Report of the King Institute of Preventive Medicine, Guindy
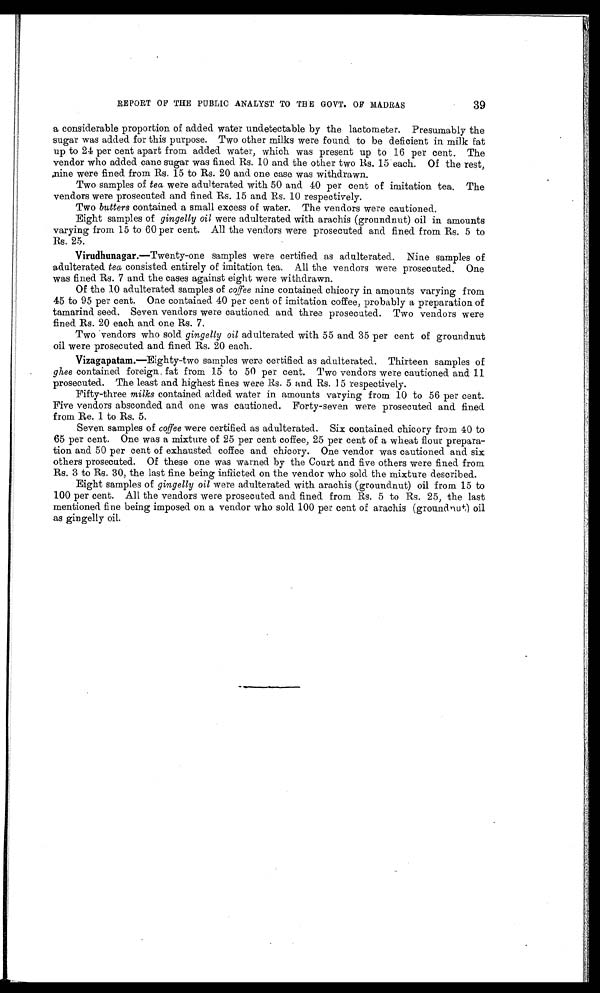
39
REPORT OF THE PUBLIC ANALYST TO THE GOVT. OF MADRAS
a considerable proportion of added water undetectable by the lactometer. Presumably the
sugar was added for this purpose. Two other milks were found to he deficient in milk fat
up to 24 per cent apart from added water, which was present up to 16 per cent. The
vendor who added cane sugar was fined Rs. 10 and the other two Rs. 15 each. Of the rest,
nine were fined from Rs. 15 to Rs. 20 and one case was withdrawn.
Two samples of tea were adulterated with 50 and 40 per cent of imitation tea. The
vendors were prosecuted and fined Rs. 15 and Rs. 10 respectively.
Two butters contained a small excess of water. The vendors were cautioned.
Eight samples of gingelly oil were adulterated with arachis (groundnut) oil in amounts
varying from 15 to 60 per cent. All the vendors were prosecuted and fined from Rs. 5 to
Rs. 25.
Virudhunagar.— Twenty-one samples were certified as adulterated. Nine samples of
adulterated tea consisted entirely of imitation tea. All the vendors were prosecuted. One
was fined Rs. 7 and the cases against eight were withdrawn.
Of the 10 adulterated samples of coffee nine contained chicory in amounts varying from
45 to 95 per cent. One contained 40 per cent of imitation coffee, probably a preparation of
tamarind seed. Seven vendors were cautioned and three prosecuted. Two vendors were
fined Rs. 20 each and one Rs. 7.
Two vendors who sold gingelly oil adulterated with 55 and 35 per cent of groundnut
oil were prosecuted and fined Rs. 20 each.
Vizagapatam.— Eighty-two samples were certified as adulterated. Thirteen samples of
ghee contained foreign fat from 15 to 50 per cent. Two vendors were cautioned and 11
prosecuted. The least and highest fines were Rs. 5 and Rs. 15 respectively.
Fifty-three milks contained added water in amounts varying from 10 to 56 per cent.
Five vendors absconded and one was cautioned. Forty-seven were prosecuted and fined
from Re. 1 to Rs. 5.
Seven samples of coffee were certified as adulterated. Six contained chicory from 40 to
65 per cent. One was a mixture of 25 per cent coffee, 25 per cent of a wheat flour prepara
-tion and 50 per cent of exhausted coffee and chicory. One vendor was cautioned and six
others prosecuted. Of these one was warned by the Court and five others were fined from
Rs. 3 to Rs. 30, the last fine being inflicted on the vendor who sold the mixture described.
Eight samples of gingelly oil were adulterated with arachis (groundnut) oil from 15 to
100 per cent. All the vendors were prosecuted and fined from Rs. 5 to Rs. 25, the last
mentioned fine being imposed on a vendor who sold 100 per cent of arachis (groundnut) oil
as gingelly oil.